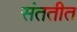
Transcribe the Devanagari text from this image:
संततीत